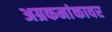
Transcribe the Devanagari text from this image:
अग्रकमांकावर